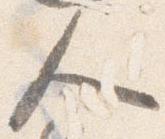
人